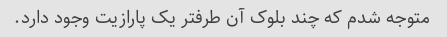
متوجه شدم که چند بلوک آن طرفتر یک پارازیت وجود دارد.